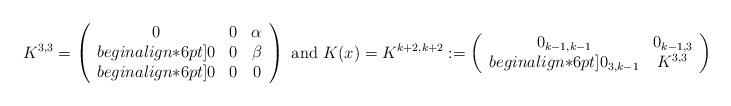
LaTeX: \begin{align*}K^{3, 3} = \left(\begin{array}{cccc} 0 & 0 & \alpha \\begin{align*}6pt] 0 & 0 & \beta \\begin{align*}6pt] 0 & 0 & 0\end{array}\right) \mbox{ and } K(x)= K^{k+2, k+2} := \left(\begin{array}{cccc}0_{k-1, k-1} & 0_{k-1, 3}\\begin{align*}6pt]0_{3, k - 1} & K^{3,3}\end{array}\right) \mbox{ for } k \ge 1.\end{align*}